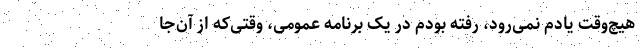
هیچ‌وقت یادم نمی‌رود، رفته بودم در یک برنامه عمومی، وقتی‌که از آن‌جا